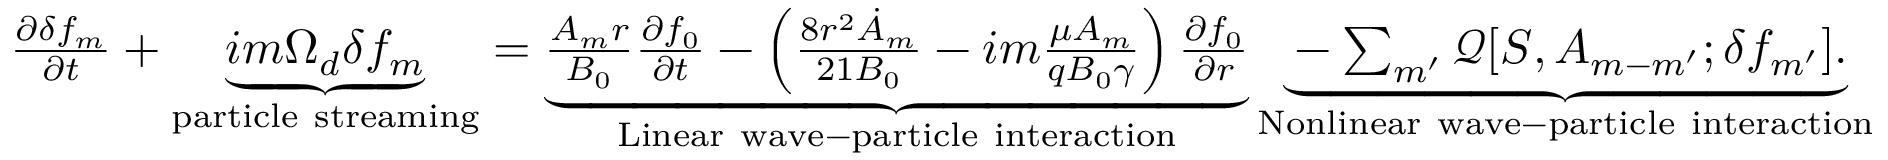
\begin{array} { r } { \frac { \partial \delta f _ { m } } { \partial t } + \underbrace { i m \Omega _ { d } \delta f _ { m } } _ { \mathrm { p a r t i c l e ~ s t r e a m i n g } } = \underbrace { \frac { A _ { m } r } { B _ { 0 } } \frac { \partial f _ { 0 } } { \partial t } - \left( \frac { 8 r ^ { 2 } \dot { A } _ { m } } { 2 1 B _ { 0 } } - i m \frac { \mu A _ { m } } { q B _ { 0 } \gamma } \right) \frac { \partial f _ { 0 } } { \partial r } } _ { \mathrm { L i n e a r ~ w a v e - p a r t i c l e ~ i n t e r a c t i o n } } \underbrace { - \sum _ { m ^ { \prime } } \mathcal { Q } [ S , A _ { m - m ^ { \prime } } ; \delta f _ { m ^ { \prime } } ] . } _ { \mathrm { N o n l i n e a r ~ w a v e - p a r t i c l e ~ i n t e r a c t i o n } } } \end{array}